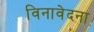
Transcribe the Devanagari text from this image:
विनावेदना